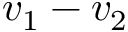
v _ { 1 } - v _ { 2 }